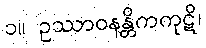
၁။ ဥဿာဝနန္တိကကုဋိ၊